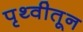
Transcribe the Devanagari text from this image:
पृथ्वीतून